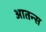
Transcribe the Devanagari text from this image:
आतन्स